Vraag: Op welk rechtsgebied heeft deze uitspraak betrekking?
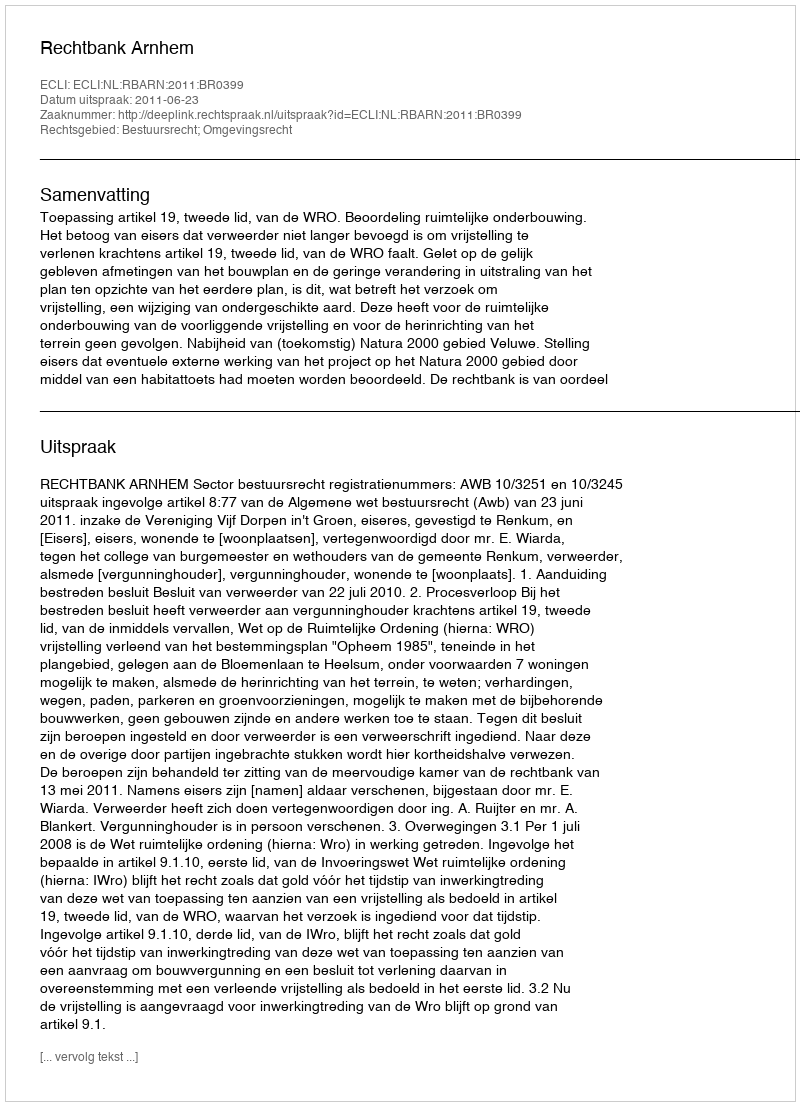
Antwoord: Bestuursrecht; Omgevingsrecht